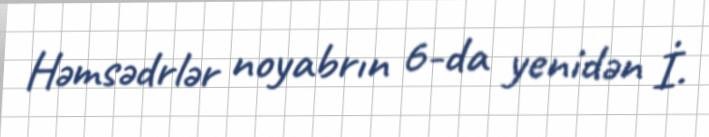
Həmsədrlər noyabrın 6-da yenidən İ.